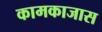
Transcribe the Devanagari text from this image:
कामकाजास